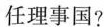
任理事国?